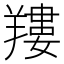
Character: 𦎹